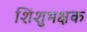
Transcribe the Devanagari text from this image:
शिशुभक्षक